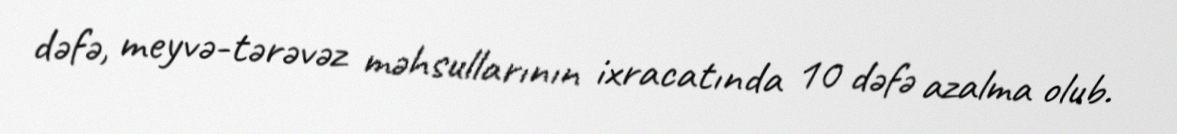
dəfə, meyvə-tərəvəz məhsullarının ixracatında 10 dəfə azalma olub.